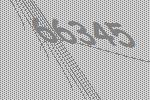
66345